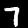
Label: 7